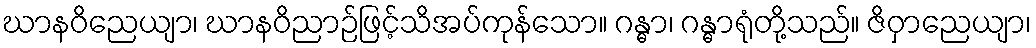
ဃာနဝိညေယျာ၊ ဃာနဝိညာဉ်ဖြင့်သိအပ်ကုန်သော။ ဂန္ဓာ၊ ဂန္ဓာရုံတို့သည်။ ဇိဝှာညေယျာ၊